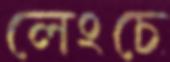
লেংচে